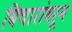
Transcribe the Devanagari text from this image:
विचारांवरून